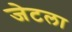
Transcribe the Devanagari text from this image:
जेटला